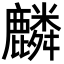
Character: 麟